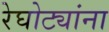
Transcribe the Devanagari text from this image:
रेघोट्यांना